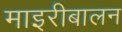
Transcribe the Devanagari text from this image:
माइरीबालन